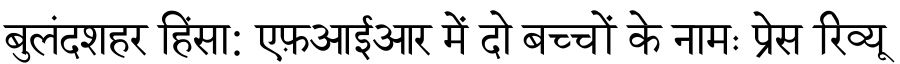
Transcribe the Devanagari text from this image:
बुलंदशहर हिंसा: एफ़आईआर में दो बच्चों के नामः प्रेस रिव्यू